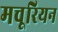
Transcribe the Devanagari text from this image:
मचूरियन